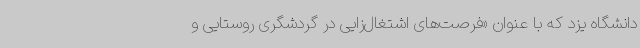
دانشگاه یزد که با عنوان «فرصت‌های اشتغال‌زایی در گردشگری روستایی و